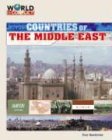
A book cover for Countries of the Middle East (World in Conflict-the Middle East); Cory Gideon Gunderson; Children's Books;